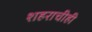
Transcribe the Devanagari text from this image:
शहराचीही